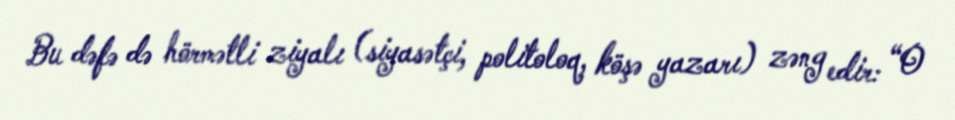
Bu dəfə də hörmətli ziyalı (siyasətçi, politoloq, köşə yazarı) zəng edir: “O